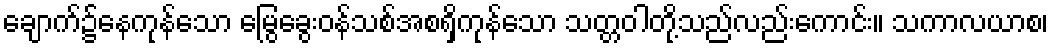
ချောက်၌နေကုန်သော မြွေခွေးဝန်သစ်အစရှိကုန်သော သတ္တဝါတို့သည်လည်းကောင်း။ သကာလယာစ၊